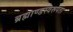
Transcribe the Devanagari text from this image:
ब्रह्माण्डस्वरूपता